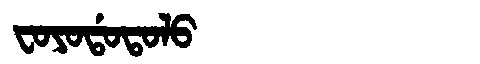
Manchu: ᠸᠣᠶᠣᡩᠣᡨᠣᠯᠣ
Romanization: FOYODOTOLO